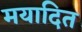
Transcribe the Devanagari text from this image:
मयादित